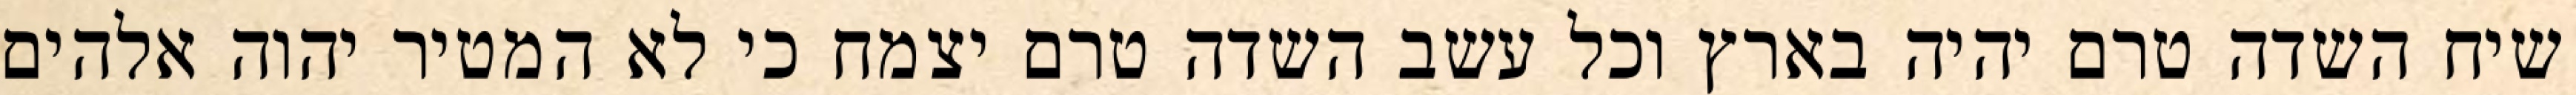
שיח השדה טרם יהיה בארץ וכל עשב השדה טרם יצמח כי לא המטיר יהוה אלהים